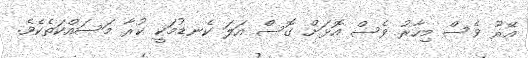
އޭރު ވެސް މިހާރު ވެސް އޮޅަށް ގޮސް އަލަ ކެނޑުމަކީ ކުރާ މަސައްކަތެކެވެ.